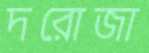
দরোজা